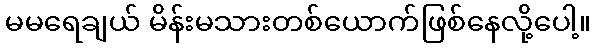
မမရေချယ် မိန်းမသားတစ်ယောက်ဖြစ်နေလို့ပေါ့။